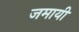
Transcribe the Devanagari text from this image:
जमायी